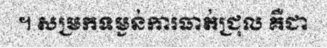
។ សម្រកទម្ងន់ការធាត់ជ្រុល គឺជា